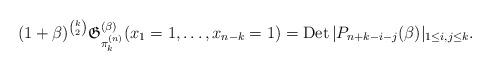
LaTeX: \begin{gather*} (1+\beta)^{{k \choose 2}} \mathfrak{G}_{\pi_{k}^{(n)}}^{(\beta)}(x_1=1,\ldots,x_{n-k}=1) =\operatorname{Det} \vert P_{n+k-i-j}(\beta) \vert_{1 \le i,j \le k}.\end{gather*}